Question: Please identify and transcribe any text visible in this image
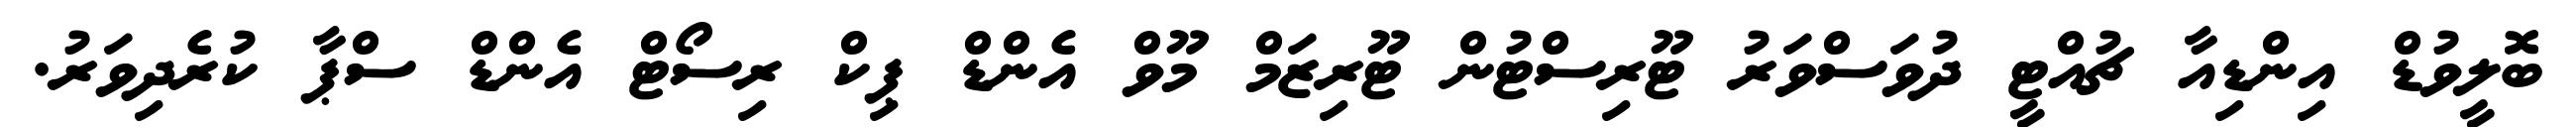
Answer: ބޮލީވުޑް އިންޑިއާ ޗުއްޓީ ދުވަސްވަރު ޓޫރިސްޓުން ޓޫރިޒަމް މޫވް އެންޑް ޕިކް ރިސޯޓް އެންޑް ސްޕާ ކުރެދިވަރު.